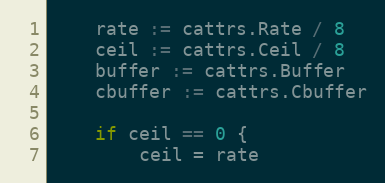
Language: Go
	rate := cattrs.Rate / 8
	ceil := cattrs.Ceil / 8
	buffer := cattrs.Buffer
	cbuffer := cattrs.Cbuffer

	if ceil == 0 {
		ceil = rate